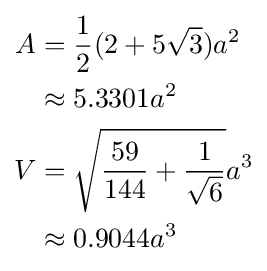
{\begin{aligned}A&={\frac {1}{2}}(2+5{\sqrt {3}})a^{2}\\&\approx 5.3301a^{2}\\V&={\sqrt {{\frac {59}{144}}+{\frac {1}{\sqrt {6}}}}}a^{3}\\&\approx 0.9044a^{3}\end{aligned}}